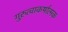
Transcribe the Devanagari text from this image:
गुरुत्वाकर्षात्मक